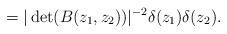
LaTeX: \begin{align*}=|\det(B(z_1,z_2))|^{-2}\delta(z_1)\delta(z_2).\end{align*}